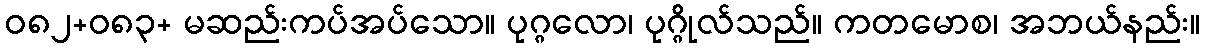
ဝ၈၂+၀၈၃+ မဆည်းကပ်အပ်သော။ ပုဂ္ဂလော၊ ပုဂ္ဂိုလ်သည်။ ကတမောစ၊ အဘယ်နည်း။